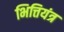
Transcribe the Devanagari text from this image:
भित्तियंत्र